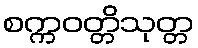
စက္ကဝတ္တိသုတ္တ